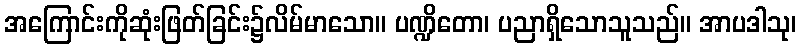
အကြောင်းကိုဆုံးဖြတ်ခြင်း၌လိမ်မာသော။ ပဏ္ဍိတော၊ ပညာရှိသောသူသည်။ အာပဒါသု၊